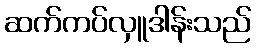
ဆက်ကပ်လှူဒါန်းသည်